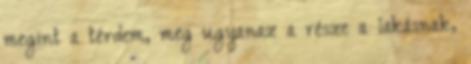
megint a térdem, meg ugyanaz a része a lakásnak,